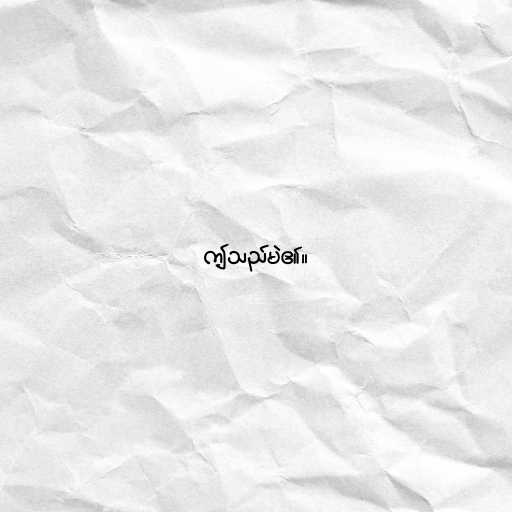
ဤသည်မဲ၏။